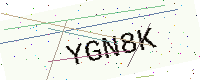
Text: YGN8K